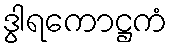
ဒွါရကောဋ္ဌကံ